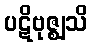
ပဋိဗုဇ္ဈသိ